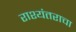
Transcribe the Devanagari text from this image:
राश्यंतराचा